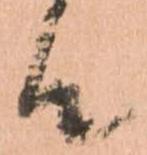
候